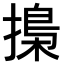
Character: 𢳚